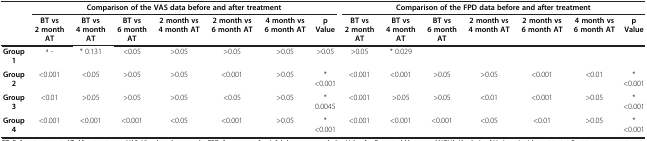
<table><thead><tr><td><b> </b></td><td colspan="7"><b>Comparison of the VAS data before and after treatment</b></td><td colspan="7"><b>Comparison of the FPD data before and after treatment</b></td></tr><tr><td><b> </b></td><td><b>BT vs 2 month AT</b></td><td><b>BT vs 4 month AT</b></td><td><b>BT vs 6 month AT</b></td><td><b>2 month vs 4 month AT</b></td><td><b>2 month vs 6 month AT</b></td><td><b>4 month vs 6 month AT</b></td><td><b>p Value</b></td><td><b>BT vs 2 month AT</b></td><td><b>BT vs 4 month AT</b></td><td><b>BT vs 6 month AT</b></td><td><b>2 month vs 4 month AT</b></td><td><b>2 month vs 6 month AT</b></td><td><b>4 month vs 6 month AT</b></td><td><b>p Value</b></td></tr></thead><tbody><tr><td><b>Group 1</b></td><td>a -</td><td>* 0.131</td><td>&lt;0.05</td><td>&gt;0.05</td><td>&gt;0.05</td><td>&gt;0.05</td><td>&gt;0.05</td><td>&gt;0.05</td><td>* 0.029</td><td> </td><td> </td><td> </td><td> </td><td> </td></tr><tr><td><b>Group 2</b></td><td>&lt;0.001</td><td>&lt;0.05</td><td>&gt;0.05</td><td>&gt;0.05</td><td>&lt;0.001</td><td>&gt;0.05</td><td>* &lt;0.001</td><td>&lt;0.001</td><td>&lt;0.001</td><td>&gt;0.05</td><td>&gt;0.05</td><td>&lt;0.001</td><td>&lt;0.01</td><td>* &lt;0.001</td></tr><tr><td><b>Group 3</b></td><td>&lt;0.01</td><td>&gt;0.05</td><td>&gt;0.05</td><td>&gt;0.05</td><td>&lt;0.05</td><td>&gt;0.05</td><td>* 0.0045</td><td>&lt;0.001</td><td>&gt;0.05</td><td>&gt;0.05</td><td>&lt;0.01</td><td>&lt;0.001</td><td>&gt;0.05</td><td>* &lt;0.001</td></tr><tr><td><b>Group 4</b></td><td>&lt;0.001</td><td>&lt;0.001</td><td>&lt;0.001</td><td>&lt;0.05</td><td>&lt;0.001</td><td>&gt;0.05</td><td>* &lt;0.001</td><td>&lt;0.001</td><td>&lt;0.001</td><td>&lt;0.001</td><td>&lt;0.05</td><td>&lt;0.01</td><td>&gt;0.05</td><td>* &lt;0.001</td></tr></tbody></table>